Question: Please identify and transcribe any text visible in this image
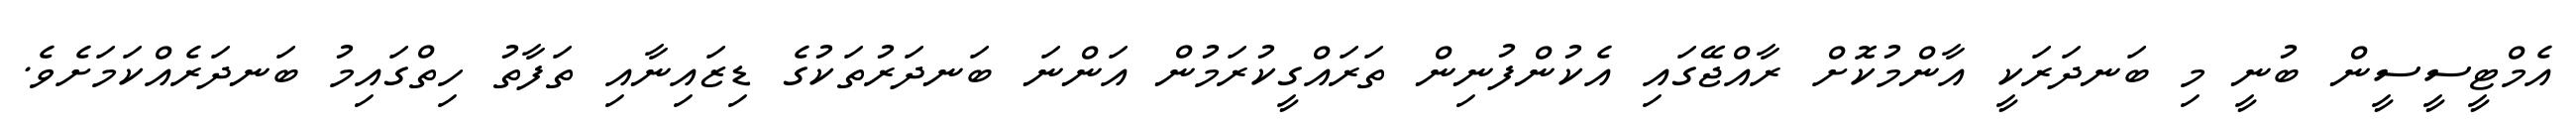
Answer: އެމްޓީސީސީން ބުނީ މި ބަނދަރަކީ އާންމުކޮށް ރާއްޖޭގައި އެކުންފުނިން ތަރައްގީކުރަމުން އަންނަ ބަނދަރުތަކުގެ ޑިޒައިނާއި ތަފާތު ހިތްގައިމު ބަނދަރެއްކަމަށެވެ.